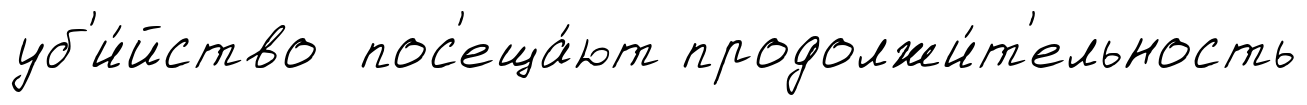
уб'и́йство пос'еща́ют продолжи́т'ельность